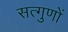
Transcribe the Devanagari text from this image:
सत्गुणों